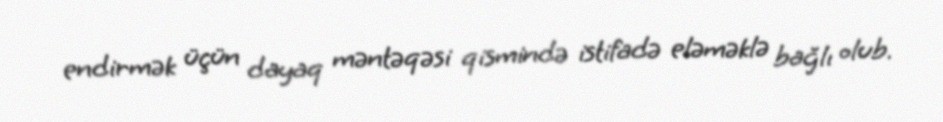
endirmək üçün dayaq məntəqəsi qismində istifadə eləməklə bağlı olub.